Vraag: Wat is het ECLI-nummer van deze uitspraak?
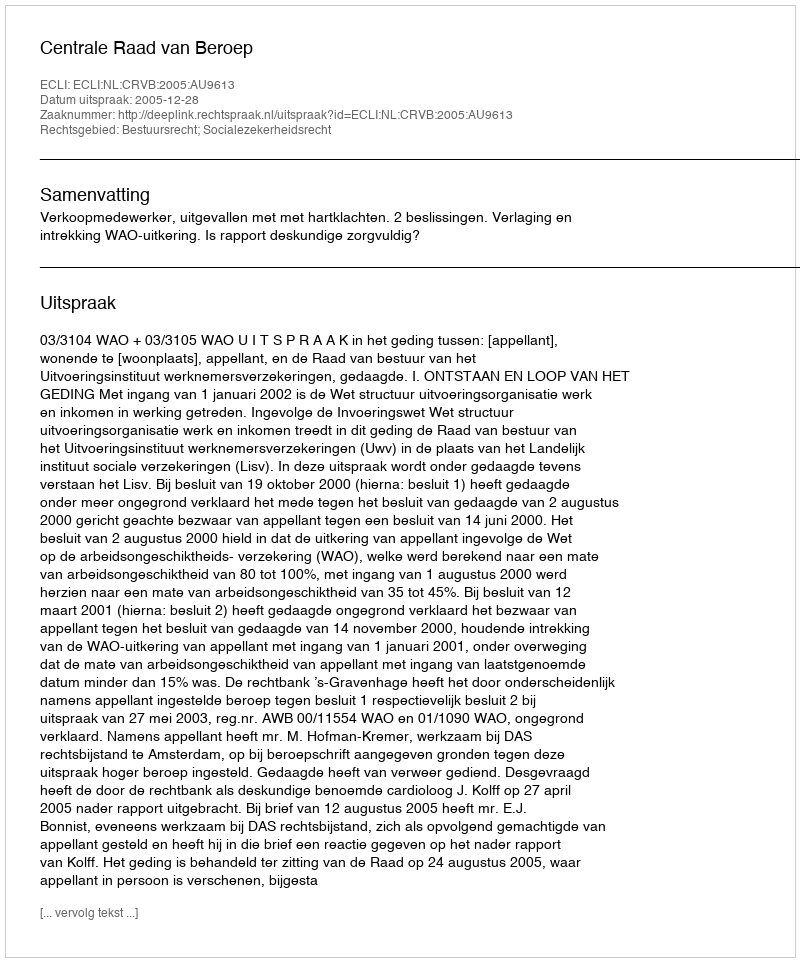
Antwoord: ECLI:NL:CRVB:2005:AU9613